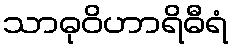
သာဓုဝိဟာရိဓီရံ